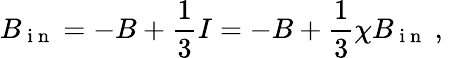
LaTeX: B_{\mathrm{~i~n~}}=-B+\frac{1}{3}I=-B+\frac{1}{3}\chi B_{\mathrm{~i~n~}}\mathrm{~,~}